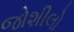
જોશીલો